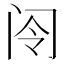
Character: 𫠂